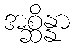
အစ္ဆိန္နာ